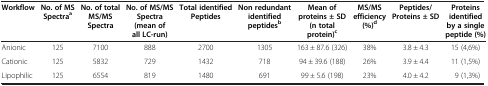
<table><thead><tr><td><b>Workflow</b></td><td><b>No. of MS Spectra<sup>a</sup></b></td><td><b>No. of total MS/MS Spectra</b></td><td><b>No. of MS/MS Spectra (mean of all LC-run)</b></td><td><b>Total identified Peptides</b></td><td><b>Non redundant identified peptides<sup>b</sup></b></td><td><b>Mean of proteins ± SD (n total protein)<sup>c</sup></b></td><td><b>MS/MS efficiency (%)<sup>d</sup></b></td><td><b>Peptides/ Proteins ± SD</b></td><td><b>Proteins identified by a single peptide (%)</b></td></tr></thead><tbody><tr><td>Anionic</td><td>125</td><td>7100</td><td>888</td><td>2700</td><td>1305</td><td>163 ± 87.6 (326)</td><td>38%</td><td>3.8 ± 4.3</td><td>15 (4,6%)</td></tr><tr><td>Cationic</td><td>125</td><td>5832</td><td>729</td><td>1432</td><td>718</td><td>94 ± 39.6 (188)</td><td>26%</td><td>3.9 ± 4.4</td><td>11 (1,5%)</td></tr><tr><td>Lipophilic</td><td>125</td><td>6554</td><td>819</td><td>1480</td><td>691</td><td>99 ± 5.6 (198)</td><td>23%</td><td>4.0 ± 4.2</td><td>9 (1,3%)</td></tr></tbody></table>